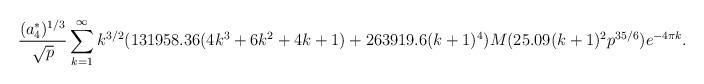
LaTeX: \begin{align*}\frac{(a_{4}^{*})^{1/3}}{\sqrt{p}} \sum_{k=1}^{\infty} k^{3/2} (131958.36 (4k^{3} + 6k^{2} + 4k + 1) + 263919.6 (k+1)^{4}) M(25.09 (k+1)^{2} p^{35/6}) e^{-4 \pi k}.\end{align*}